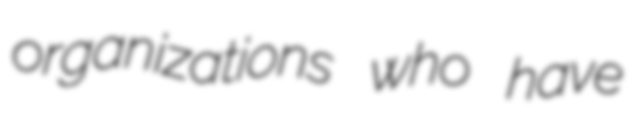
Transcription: organizations who have